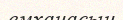
емханасын